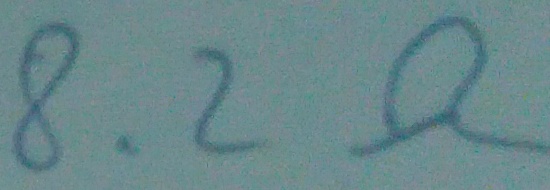
Text: 8.2Ω